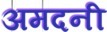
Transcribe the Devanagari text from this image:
अमदनी